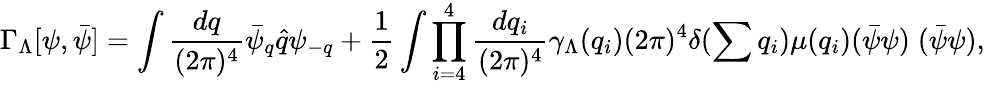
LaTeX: \Gamma_{\Lambda}[\psi,\bar{\psi}]=\int\frac{dq}{(2\pi)^{4}}\bar{\psi}_{q}\hat{q}\psi_{-q}+\frac{1}{2}\int\prod_{i=4}^{4}\frac{dq_{i}}{(2\pi)^{4}}\gamma_{\Lambda}(q_{i})(2\pi)^{4}\delta(\sum q_{i})\mu(q_{i})(\bar{\psi}\psi)\; (\bar{\psi}\psi),